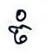
ចំ